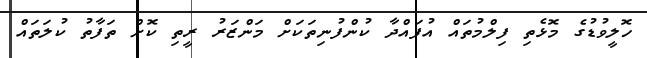
ހޮލީވުޑުގެ މޮޅެތި ފިލްމުތައް އުފައްދާ ކުންފުނިތަކަށް މަންޒަރު ރީތި ކޮށް ތަފާތު ކުލަތައް